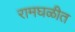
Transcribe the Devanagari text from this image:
रामघळीत